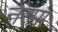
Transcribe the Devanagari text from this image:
नरमा